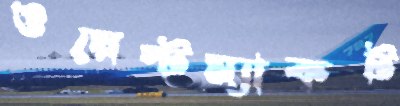
ওয়েস্টম্যাকট